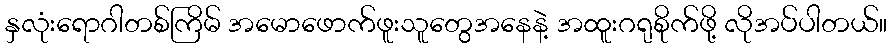
နှလုံးရောဂါတစ်ကြိမ် အမောဖောက်ဖူးသူတွေအနေနဲ့ အထူးဂရုစိုက်ဖို့ လိုအပ်ပါတယ်။